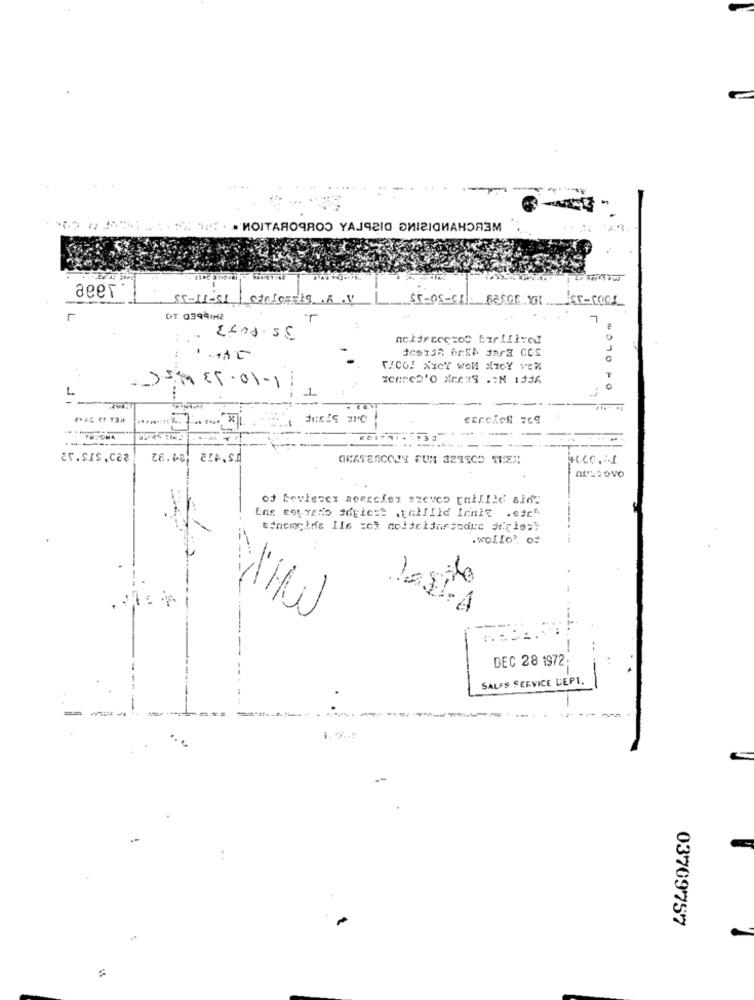
.....
.....
" ****. ИОТАЯОЧЯОЭ YAJq2la DNIzIGNАНОЯЗМ
aeer
55-11-51
Carigssig .A .V
$5-05-cr. PESCE XI Er-COOL
r
OT 03991M2
JCSTER DESh SAFE COS
FICO! XXCY WON ATOY VEM
-7-85-01-1
T
L
-
¿r.sIs.caz
H.CC. .. I
-
.wolfo", of
:
DEC 28 1972;
SALES SERVICE CEP1.
===
03709757